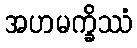
အဟမက္ခိဿံ